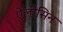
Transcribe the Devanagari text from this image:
ऐलीसिन